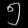
Digit: ၅